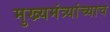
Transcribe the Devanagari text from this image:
मुख्यमंत्र्यांच्याच